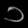
Digit: ၁